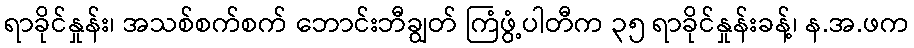
ရာခိုင်နှုန်း၊ အသစ်စက်စက် ဘောင်းဘီချွတ် ကြံဖွံ့ပါတီက ၃၅ ရာခိုင်နှုန်းခန့်၊ န.အ.ဖက